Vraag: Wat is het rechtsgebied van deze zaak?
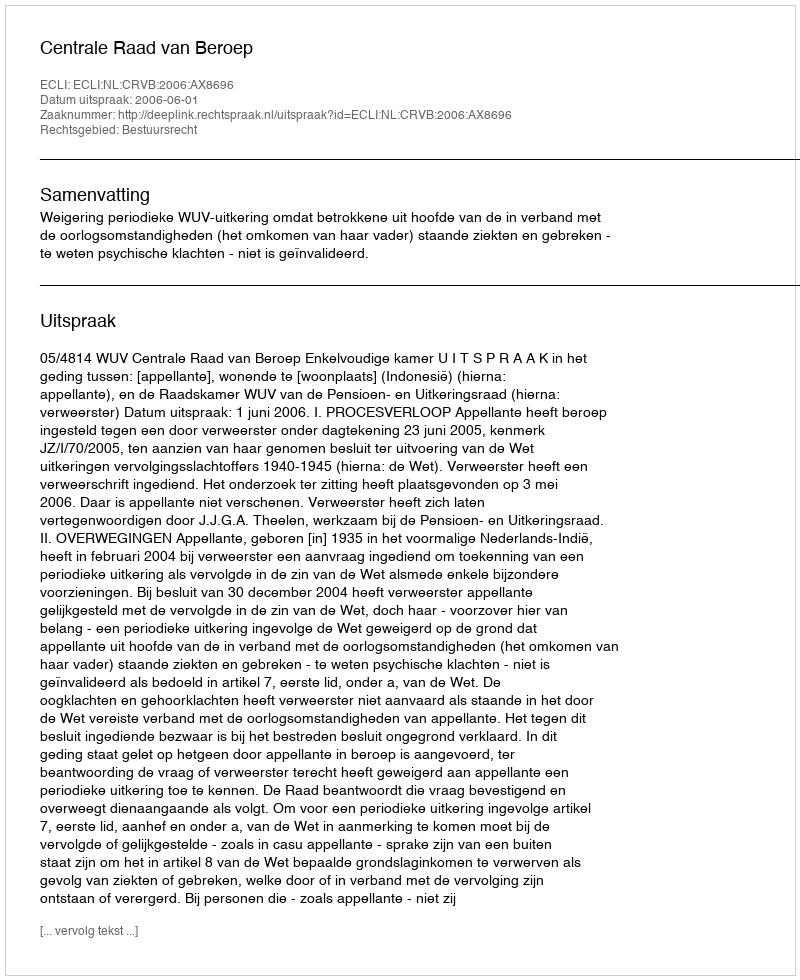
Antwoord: Bestuursrecht